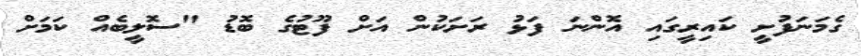
ގެމަނަފުށީ ކައިރީގައި އޮންނަ ފަޅު ރަށަކުން އަށް ފޫޓުގެ ބޮޑު "ސޮލީބެއް ކަމަށް